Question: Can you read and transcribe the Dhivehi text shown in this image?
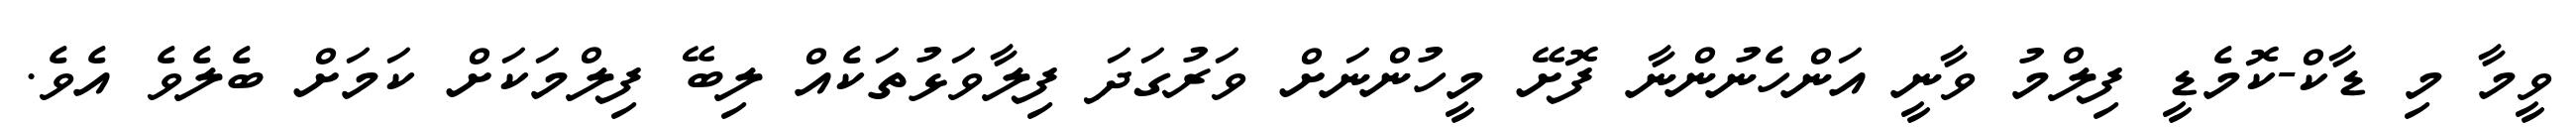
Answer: ވީމާ މި ޑާކް-ކޮމެޑީ ފިލްމު ވާނީ އަންހެނުންނާ ފޮށޭ މީހުންނަށް ވަރުގަދަ ފިލާވަޅުތަކެއް ލިބޭ ފިލްމަކަށް ކަމަށް ބެލެވެ އެވެ.